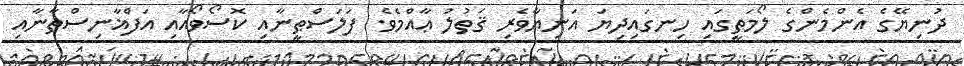
ދުނިޔޭގެ އެންމެންގެ ލޯމަތީގައި ހިނގައިދިޔަ އަނިޔާވެރި ޤަތުލު ޢާއްމެވެ. ފަލަސްޠީނާއި ކޮސޯވޯއާއި އަފްޣާނިސްތާނާއި